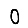
Digit: 0